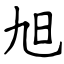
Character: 旭